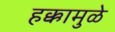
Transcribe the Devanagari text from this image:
हक्कामुळे